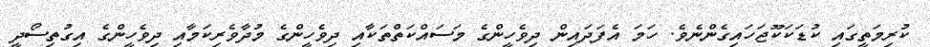
ކުރިމަތީގައި ކުޑަކަކޫޖަހައިގެންނެވެ. ހަމަ އެފަދައިން ދިވެހީންގެ މަސައްކަތްތަކާއި ދިވެހީންގެ މުދާވެރިކަމާއި ދިވެހީންގެ އިގުތިސޯދީ